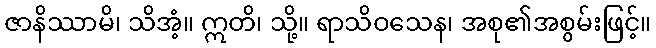
ဇာနိဿာမိ၊ သိအံ့။ ဣတိ၊ သို့။ ရာသိဝသေန၊ အစု၏အစွမ်းဖြင့်။